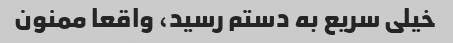
خیلی سریع به دستم رسید، واقعا ممنون